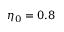
\eta _ { 0 } = 0 . 8